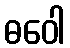
ဓဝေါ